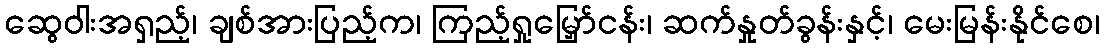
ဆွေဝါးအရှည့်၊ ချစ်အားပြည့်က၊ ကြည့်ရှုမြှော်ငန်း၊ ဆက်နှုတ်ခွန်းနှင့်၊ မေးမြန်းနိုင်စေ၊